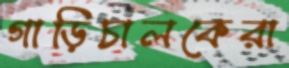
গাড়িচালকেরা